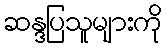
ဆန္ဒပြသူများကို